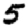
Digit: 5